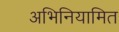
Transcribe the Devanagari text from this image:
अभिनियामित